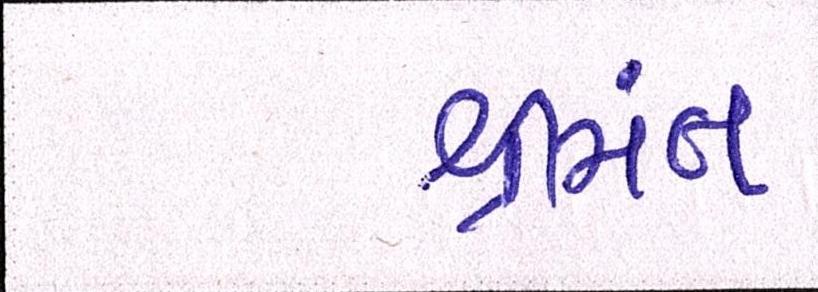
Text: શ્રીમંત